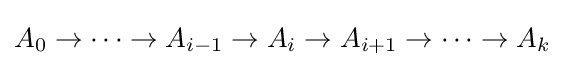
A_{0}\to \cdots \to A_{i-1}\to A_{i}\to A_{i+1}\to \cdots \to A_{k}